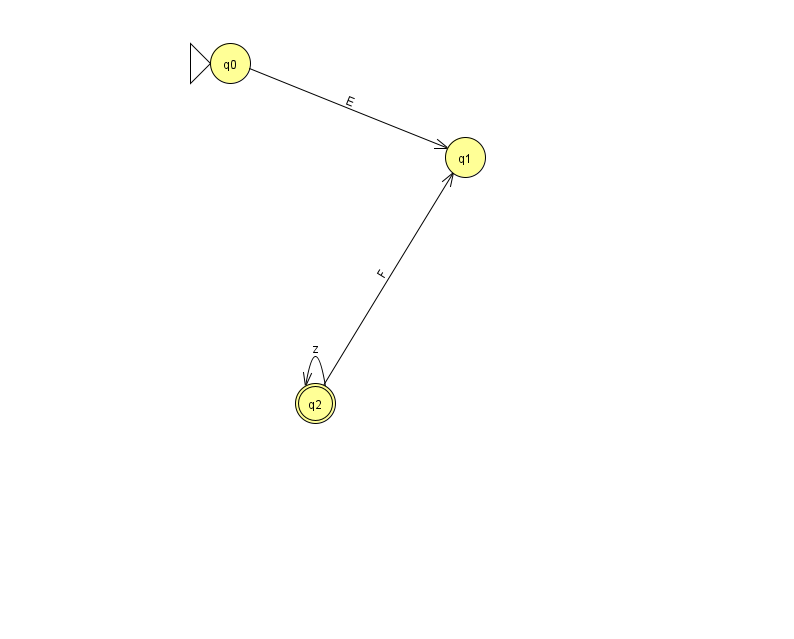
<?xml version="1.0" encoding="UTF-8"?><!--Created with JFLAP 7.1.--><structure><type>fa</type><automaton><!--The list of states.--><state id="0" name="q0"><x>230.0</x><y>50.0</y><initial/></state><state id="1" name="q1"><x>465.0</x><y>144.0</y></state><state id="2" name="q2"><x>315.0</x><y>390.0</y><final/></state><!--The list of transitions.--><transition><from>0</from><to>1</to><read>E</read></transition><transition><from>2</from><to>2</to><read>z</read></transition><transition><from>2</from><to>1</to><read>F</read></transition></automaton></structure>